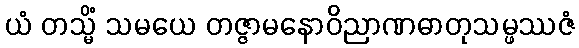
ယံ တသ္မိံ သမယေ တဇ္ဇာမနောဝိညာဏဓာတုသမ္ဖဿဇံ